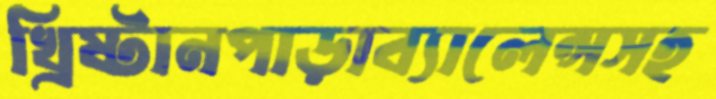
খ্রিষ্টানপাড়াব্যালেন্সসহ